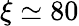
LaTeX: \xi\simeq 80